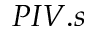
P I V . s